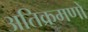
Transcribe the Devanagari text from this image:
अतिक्रमणों